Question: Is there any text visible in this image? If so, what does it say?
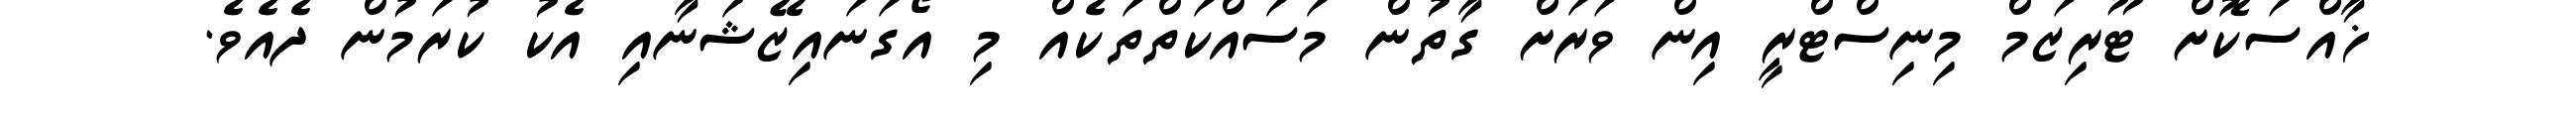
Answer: ޚާއްސަކޮށް ޓޫރިޒަމް މިނިސްޓްރީ އިން ވަރަށް ގާތުން މަސައްކަތްތަކެއް މި އޯގަނައިޒޭޝަނާއި އެކު ކުރަމުން ދެއެވެ.